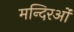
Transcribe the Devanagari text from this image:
मन्दिरओं